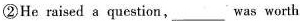
②He raised a question, ___ was worth